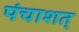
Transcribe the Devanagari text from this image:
पंचाशत्